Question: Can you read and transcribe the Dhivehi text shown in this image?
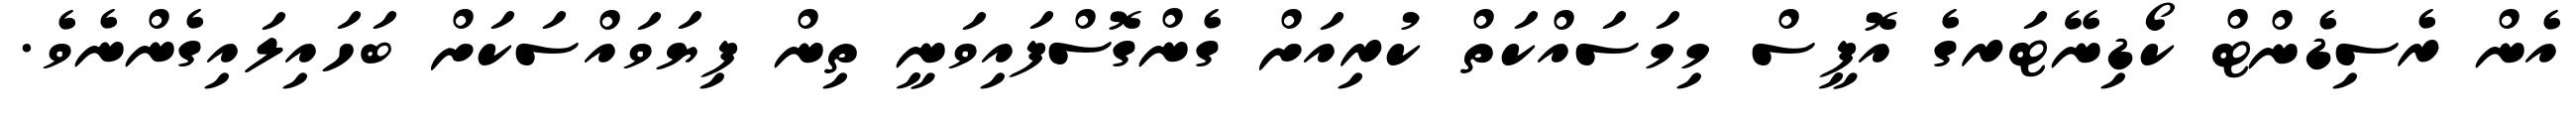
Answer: އެން ރެސިޑެންޓް ކޯޑިނޭޓަރގެ އޮފީސް މިމަސައްކަތް ކުރިއަށް ގެންގޮސްފައިވަނީ ތިން ފިޔަވައްސަކަށް ބަހައިލައިގެންނެވެ.